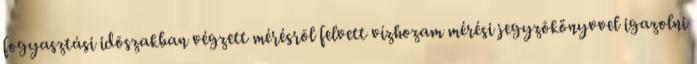
fogyasztási idõszakban végzett mérésrõl felvett vízhozam mérési jegyzõkönyvvel igazolni